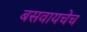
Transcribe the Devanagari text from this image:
बसवायचेच